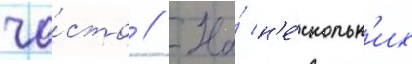
ча́сто // На́ н'е́скольк'их